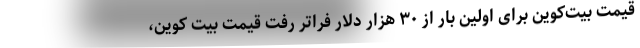
قیمت بیت‌کوین برای اولین بار از ۳۰ هزار دلار فراتر رفت قیمت بیت کوین،